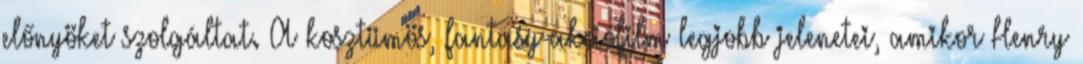
előnyöket szolgáltat. A kosztümös, fantasy-akciófilm legjobb jelenetei, amikor Henry